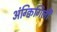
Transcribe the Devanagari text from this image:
अंग्क्विगिली